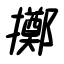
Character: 擲